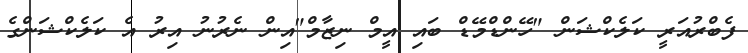
ފެބްރުއަރީ ކަލެކްޝަން "ހޭންޑްމޭޑް ބައި އީމް ނިޒާމް"އިން ނެރުނު އިރު އެ ކަލެކްޝަންގެ